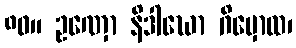
၈၀။ ဥဏှော နိဒါဃော ဂိမှောထ၊